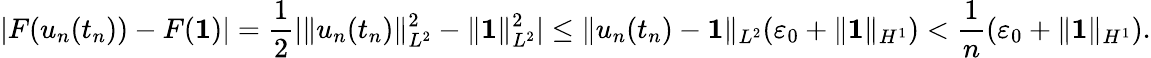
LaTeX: |F(u_{n}(t_{n}))-F(\mathbf 1)|=\frac 12|\| u_{n}(t_{n})\| _{L^{2}}^{2}-\| \mathbf 1\| _{L^{2}}^{2}|\le\| u_{n}(t_{n})-\mathbf 1\| _{L^{2}}(\varepsilon_{0}+\| \mathbf 1\| _{H^{1}})<\frac{1}{n}(\varepsilon_{0}+\| \mathbf 1\| _{H^{1}}).